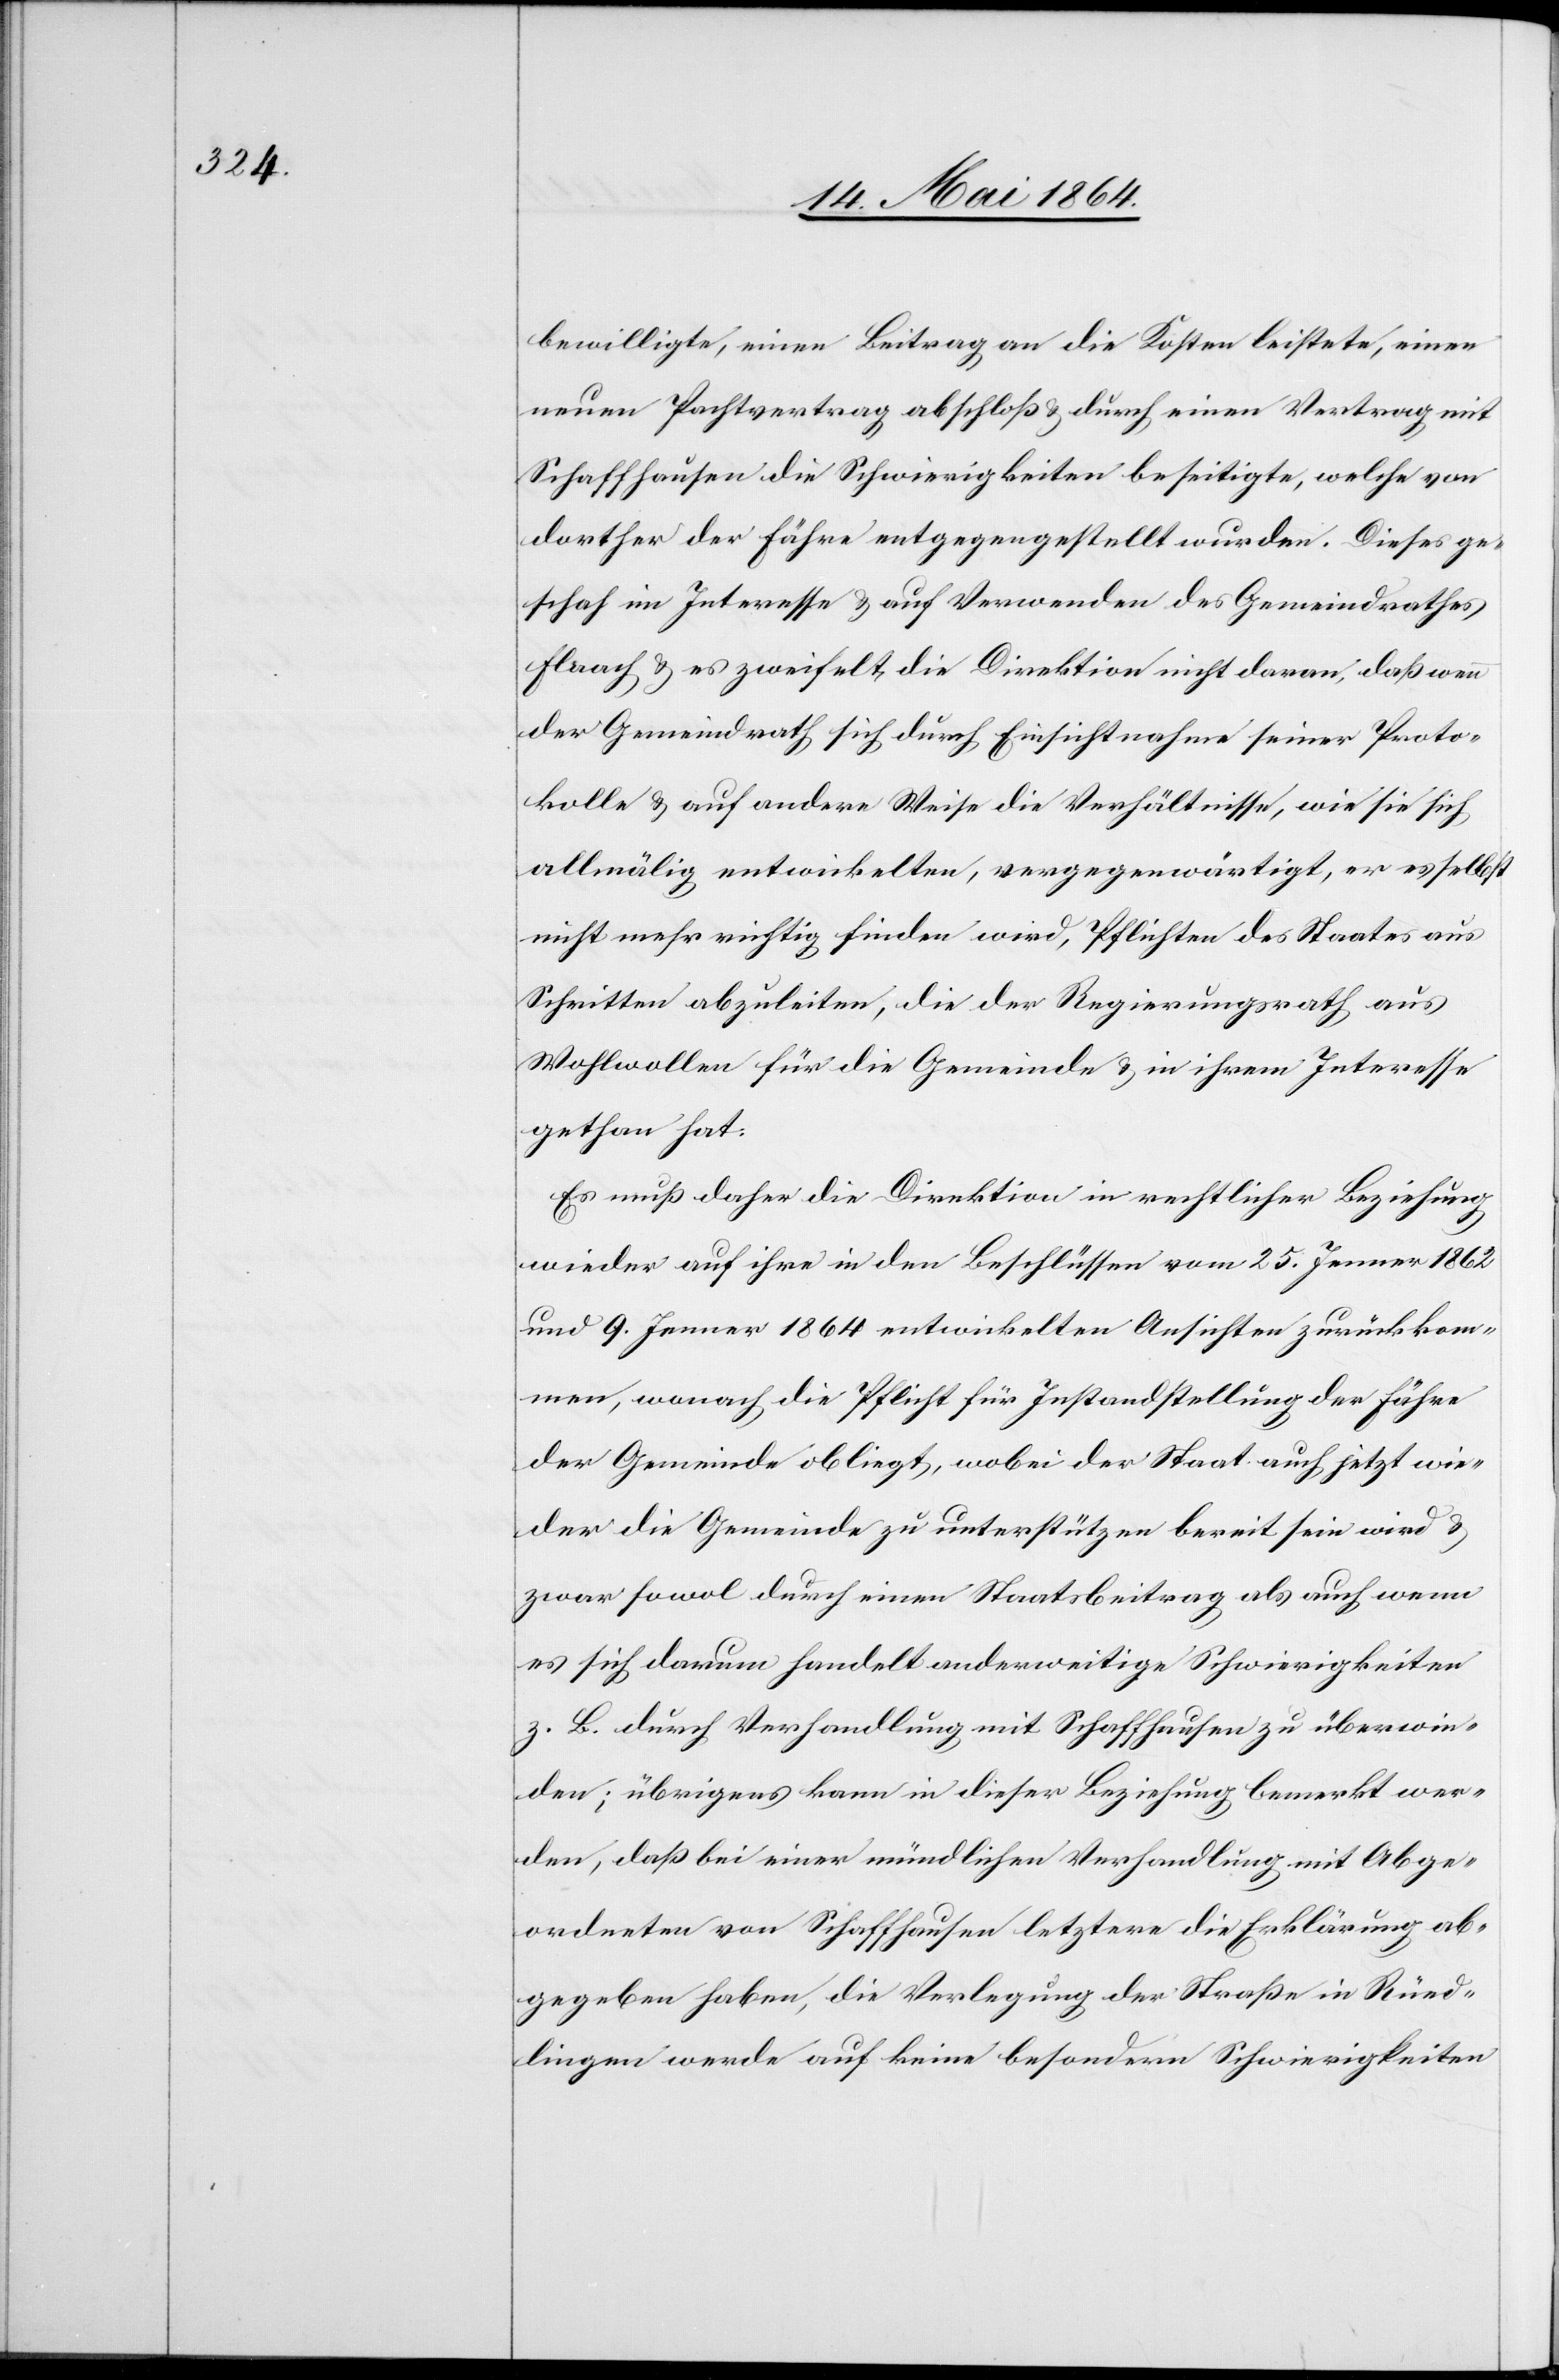
bewilligte, einen Beitrag an die Kosten leistete, einen
neuen Pachtvertrag abschloß u. durch einen Vertrag mit
Schaffhausen die Schwierigkeiten beseitigte, welche von
dorther der Fähre entgegengestellt wurden. Dieses ge¬
schah im Interesse u. auf Verwenden des Gemeindrathes
Flaach u. es zweifelt die Direktion nicht daran, daß wenn
der Gemeindrath sich durch Einsichtnahme seiner Proto¬
kolle u. auf andere Weise die Verhältnisse, wie sie sich
allmälig entwickelten, vergegenwärtigt, er es selbst
nicht mehr richtig finden wird, Pflichten des Staates aus
Schritten abzuleiten, die der Regierungsrath aus
Wohlwollen für die Gemeinde u. in ihrem Interesse
gethan hat.
Es muß daher die Direktion in rechtlicher Beziehung
wieder auf ihre in den Beschlüssen vom 25. Jenner 1862
und 9. Jenner 1864 entwickelten Ansichten zurückkom¬
men, wonach die Pflicht für Instandstellung der Fähre
der Gemeinde obliegt, wobei der Staat auch jetzt wie¬
der die Gemeinde zu unterstützen bereit sein wird u.
zwar sowol durch einen Staatsbeitrag als auch wenn
es sich darum handelt anderweitige Schwierigkeiten
z. B. durch Verhandlung mit Schaffhausen zu überwin¬
den; übrigens kann in dieser Beziehung bemerkt wer¬
den, daß bei einer mündlichen Verhandlung mit Abge¬
ordneten von Schaffhausen letztere die Erklärung ab¬
gegeben haben, die Verlegung der Straße in Rüed¬
lingen werde auf keine besondern Schwierigkeiten